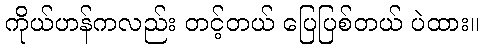
ကိုယ်ဟန်ကလည်း တင့်တယ် ပြေပြစ်တယ် ပဲထား။